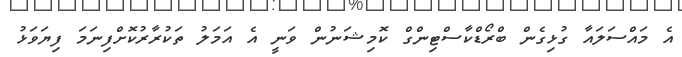
އެ މަައްސަލައާ ގުޅިގެން ބްރޯޑްކާސްޓިންގް ކޮމިޝަނުން ވަނީ އެ އަމަލު ތަކުރާރުކޮށްފިނަމަ ފިޔަވަޅު